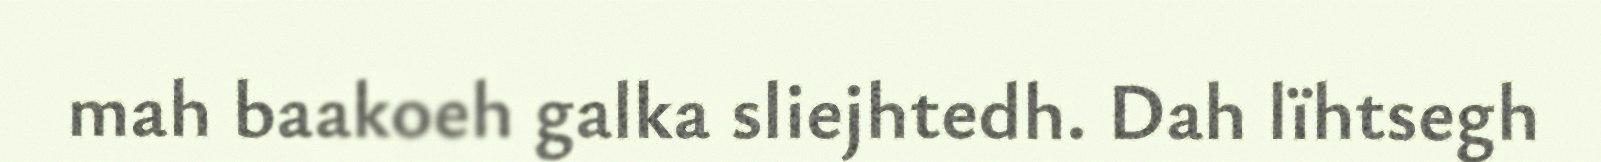
mah baakoeh galka sliejhtedh. Dah lïhtsegh